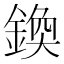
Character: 𨩉